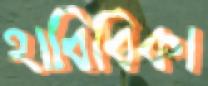
হাবিবিকা